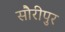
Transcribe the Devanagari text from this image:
सौरीपुर